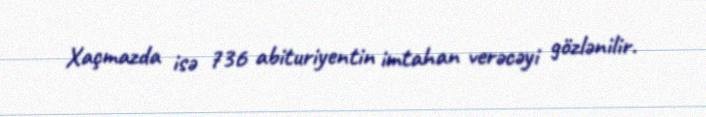
Xaçmazda isə 736 abituriyentin imtahan verəcəyi gözlənilir.